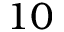
1 0